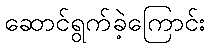
ဆောင်ရွက်ခဲ့ကြောင်း